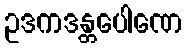
ဥဒကဒန္တပေါဏေ